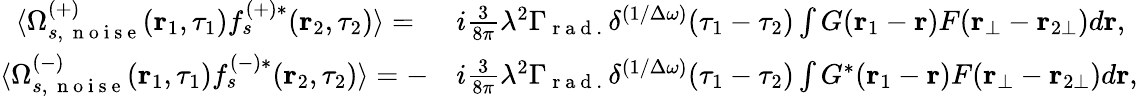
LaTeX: \begin{array}{rl}{\langle\Omega_{s,\, \mathrm{~n~o~i~s~e~}}^{(+)}(\textbf{r}_{1},\tau_{1})f_{s}^{(+)*}(\textbf{r}_{2},\tau_{2})\rangle=\, \, \, }&{{}i\frac{3}{8\pi}\lambda^{2}\Gamma_{\mathrm{~r~a~d~.~}}\delta^{(1/\Delta\omega)}(\tau_{1}-\tau_{2})\int G(\textbf{r}_{1}-\textbf{r})F(\textbf{r}_{\bot}-\textbf{r}_{2\bot})d\textbf{r},}\\ {\langle\Omega_{s,\, \mathrm{~n~o~i~s~e~}}^{(-)}(\textbf{r}_{1},\tau_{1})f_{s}^{(-)*}(\textbf{r}_{2},\tau_{2})\rangle=-}&{{}i\frac{3}{8\pi}\lambda^{2}\Gamma_{\mathrm{~r~a~d~.~}}\delta^{(1/\Delta\omega)}(\tau_{1}-\tau_{2})\int G^{*}(\textbf{r}_{1}-\textbf{r})F(\textbf{r}_{\bot}-\textbf{r}_{2\bot})d\textbf{r},}\end{array}